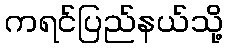
ကရင်ပြည်နယ်သို့